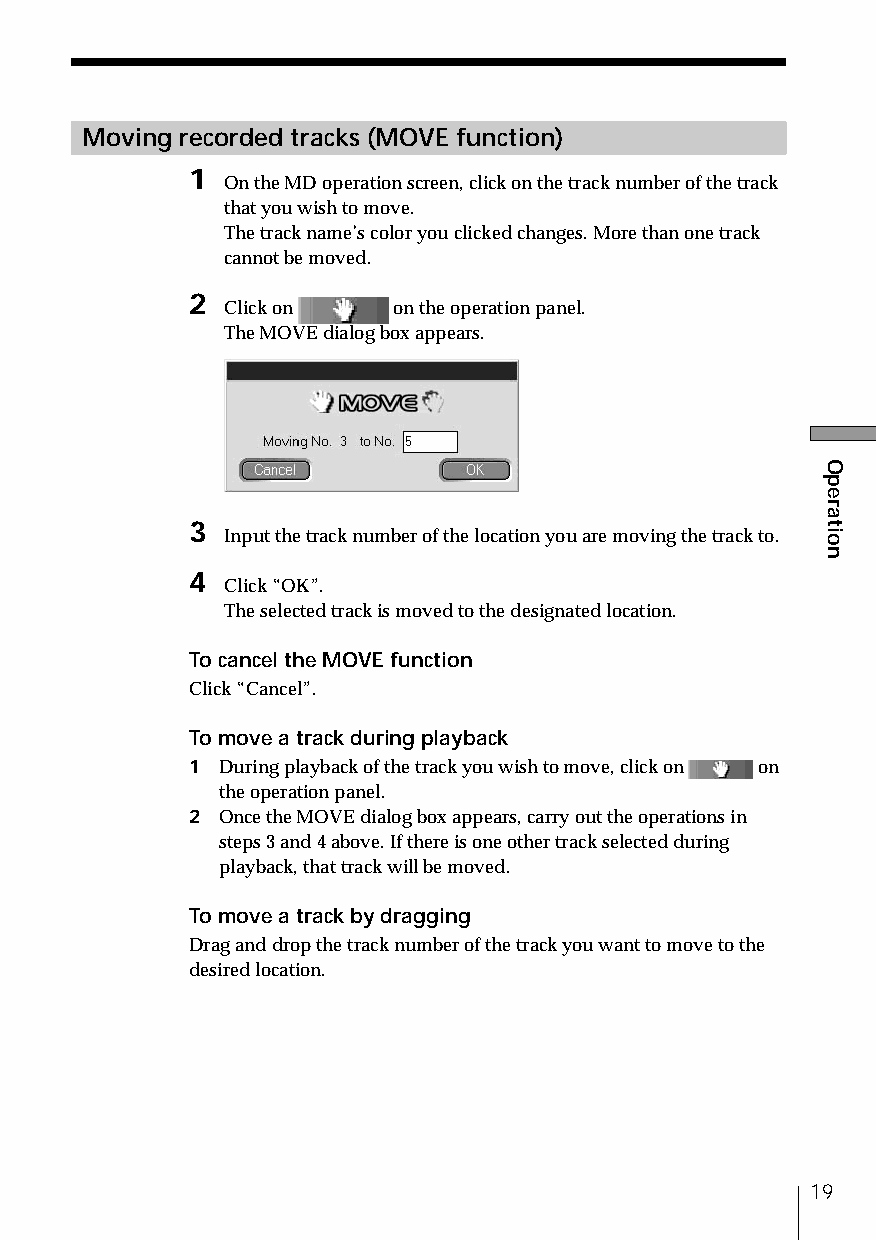
Moving recorded tracks (MOVE function)
 1
 On the MD operation screen, click on the track number of the track
 that you wish to move.
 The track name’s color you clicked changes. More than one track
 cannot be moved.
 2
 Click on   on the operation panel.
 The MOVE dialog box appears.
 3
 Input the track number of the location you are moving the track to.
 4
 Click “OK”.
 The selected track is moved to the designated location.
 To cancel the MOVE function
 Click “Cancel”.
 To move a track during playback
 1 During playback of the track you wish to move, click on on
 the operation panel.
 2 Once the MOVE dialog box appears, carry out the operations in
 steps 3 and 4 above. If there is one other track selected during
 playback, that track will be moved.
 To move a track by dragging
 Drag and drop the track number of the track you want to move to the
 desired location.
 19
 Operation